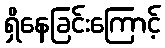
ရှိနေခြင်းကြောင့်